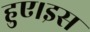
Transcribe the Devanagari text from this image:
हुए।इस